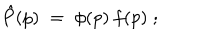
LaTeX: \hat { P } ( p ) \; = \; \phi ( p ) \: f ( p ) \; ;